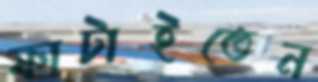
ফাটাইতেন